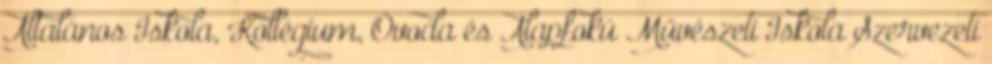
Általános Iskola, Kollégium, Óvoda és Alapfokú Művészeti Iskola Szervezeti